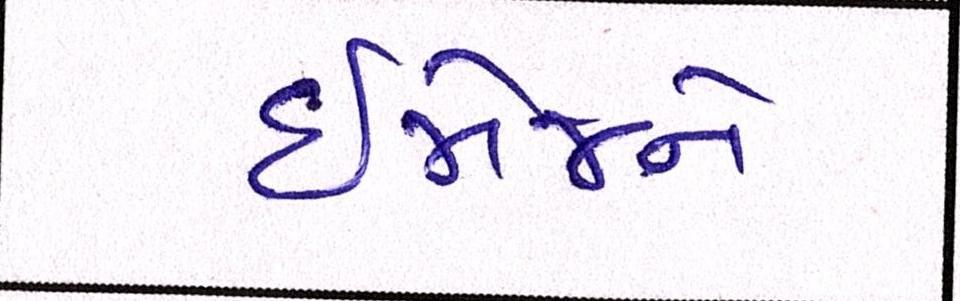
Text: ઈમેજને